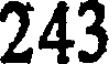
243